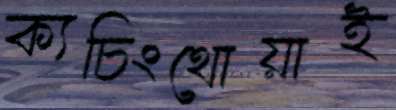
ক্যচিংথোয়াই